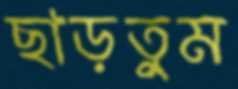
ছাড়তুম